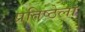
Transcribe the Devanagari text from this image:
प्रतिष्ठेला